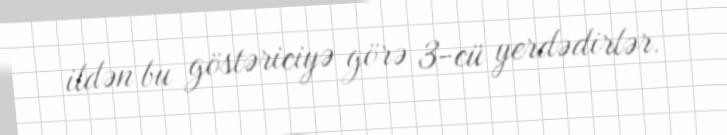
ildən bu göstəriciyə görə 3-cü yerdədirlər.